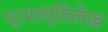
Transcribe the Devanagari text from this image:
प्रशस्तिलेख